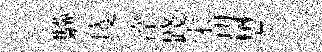
驥庱淬踐宋㓛懋